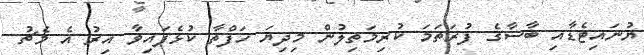
ޔުނައިޓެޑާއި ބާސާގެ ފުރަތަމަ ކުރިމަތިލުން މިދިޔަ ހަފްތާ ކުޅެފައިވާ އިރު އެ މެޗު